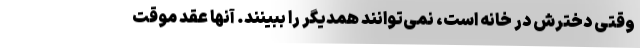
وقتی دخترش در خانه است، نمی‌توانند همدیگر را ببینند. آنها عقد موقت